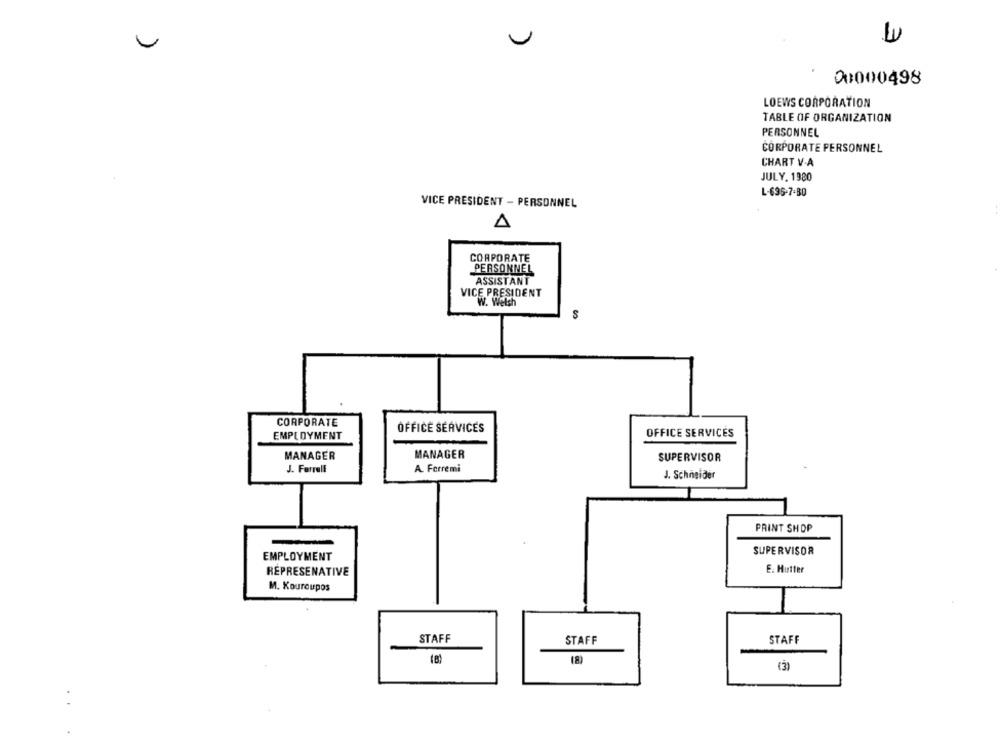
U
00000498
LOEWS CORPORATION
TABLE OF ORGANIZATION
PERSONNEL
CORPORATE PERSONNEL
CHART V.A
JULY. 1980
L-695-7-80
VICE PRESIDENT - PERSONNEL
CORPORATE
PERSONNEL
ASSISTANT
VICE PRESIDENT
W. Welsh
S
CORPORATE
OFFICE SERVICES
EMPLOYMENT
OFFICE SERVICES
MANAGER
MANAGER
SUPERVISOR
A. Ferremi
J. Farrell
J. Schneider
PRINT SHOP
SUPERVISOR
EMPLOYMENT
REPRESENATIVE
E. Hutter
M. Kouroupos
STAFF
STAFF
STAFF
(8)
(3)